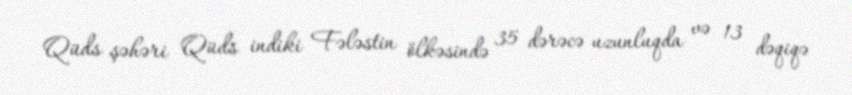
Qüds şəhəri Qüds indiki Fələstin ölkəsində 35 dərəcə uzunluqda və 13 dəqiqə